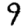
Digit: 9